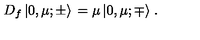
D _ { f } \left| 0 , \mu ; \pm \rangle \right. = \mu \left| 0 , \mu ; \mp \rangle \right. .